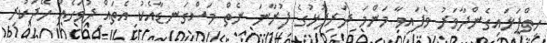
ހިތްފަޅައިގެންދާވަރު ވެފައިވާ މަންމަ ދަރިފުޅުގެ ފުރާނަ ނެތް މަަސްގަނޑާއެކު އެތައް ދުވަހެއް ހޭދަކުރި